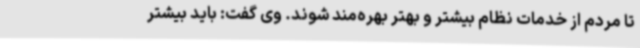
تا مردم از خدمات نظام بیشتر و بهتر بهره‌مند شوند. وی گفت: باید بیشتر